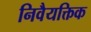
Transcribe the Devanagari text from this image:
निवैयक्तिक